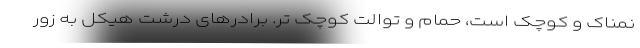
نمناک و کوچک است، حمام و توالت کوچک تر. برادرهای درشت هیکل به زور